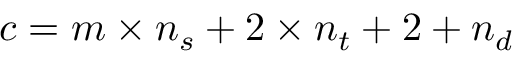
c = m \times n _ { s } + 2 \times n _ { t } + 2 + n _ { d }